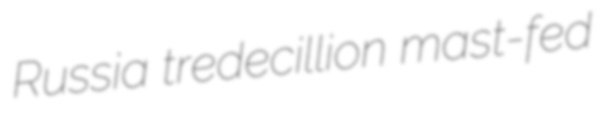
Russia tredecillion mast-fed